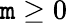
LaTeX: \mathtt{m}\geq0